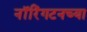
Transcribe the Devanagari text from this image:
नॉरिंगटनच्या